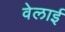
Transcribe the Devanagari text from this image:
वेलाई